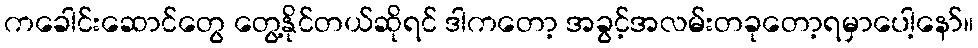
ကခေါင်းဆောင်တွေ တွေ့နိုင်တယ်ဆိုရင် ဒါကတော့ အခွင့်အလမ်းတခုတော့ရမှာပေါ့နော်။